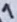
Text: 1